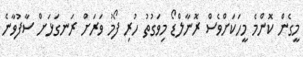
މީގެން ކޮންމެ މީހަކަށްވެސް ރޮނާލްޑޯ މިވަގުތު ހުރި ފޯމު ވަރަށް ރަނގަޅަށް ސާފުވާނެ